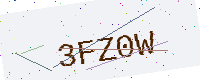
Text: 3FZ0W